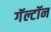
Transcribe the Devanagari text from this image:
गॅल्टॉन